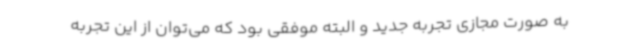
به‌ صورت مجازی تجربه جدید و البته موفقی بود که می‌توان از این تجربه